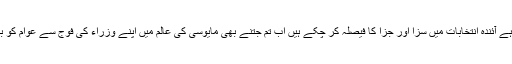
سن لو حکومت کے کارندوں اب گلگت بلتستان کی عوام آپ کے ارادوں کو جان چکی ہے آئندہ انتخابات میں سزا اور جزا کا فیصلہ کر چکے ہیں اب تم جتنے بھی مایوسی کی عالم میں اپنے وزراء کی فوج سے عوام کو بیوقوف بنانے کے سازشیں کرو گے اس کا واحد نتیجہ شکست کے سوا کچھ نہیں ہے ۔